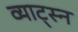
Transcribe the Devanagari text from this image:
व्याट्स्न